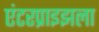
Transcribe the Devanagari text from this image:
एंटरप्राइझला